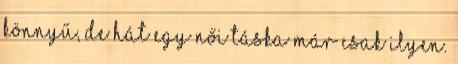
könnyű, de hát egy női táska már csak ilyen.